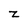
Character: z